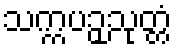
သက္ကပဉှသုတ္တံ